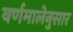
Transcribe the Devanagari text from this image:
वर्णमालेनुसार